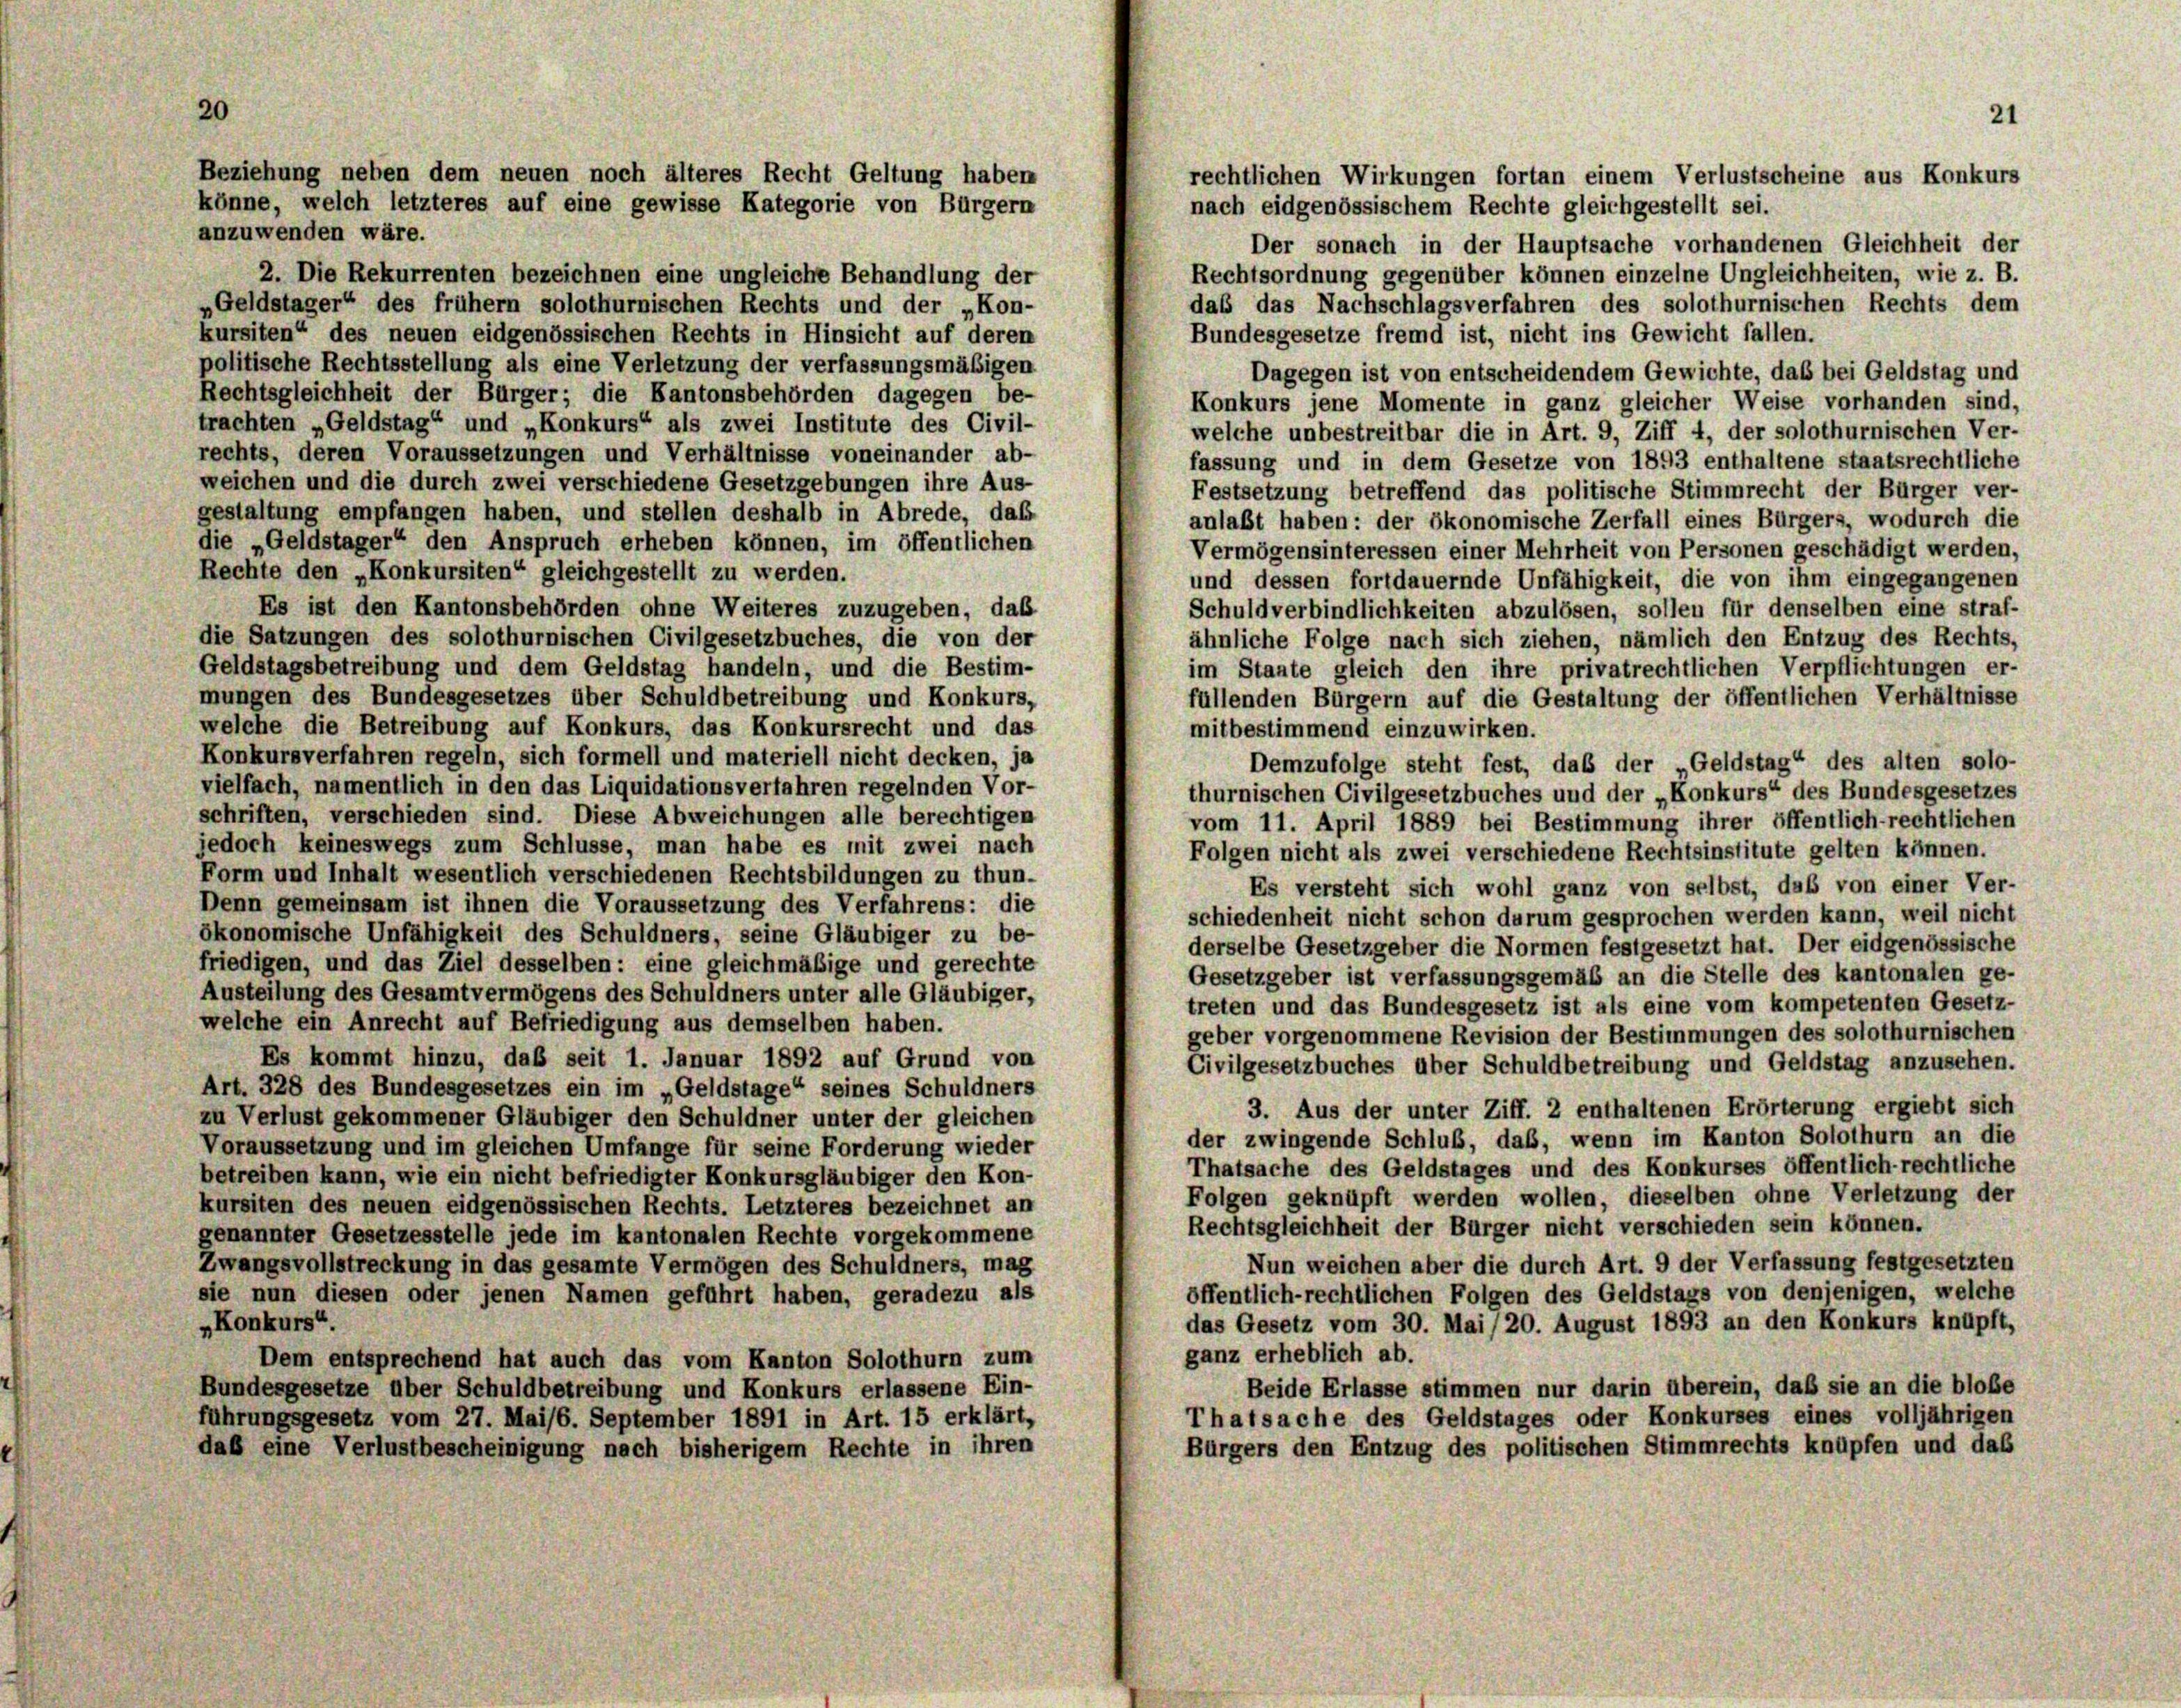
20

rechtlichen Wirkungen fortan einem Verlustscheine aus Konkurs
nach eidgenössischem Rechte gleichgestellt sei.
anzuwenden wäre.
Der sonach in der Hauptsache vorhandenen Gleichheit der
2. Die Rekurrenten bezeichnen eine ungleiche Behandlung der
Rechtsordnung gegenüber können einzelne Ungleichheiten, wie z. B.
das das Nachschlagsverfahren des solothurnischen Rechts dem
„Geldstager“ des frühem solothurnischen Rechts und der „Kon-
kursiten“ des neuen eidgenössischen Rechts in Hinsicht auf deren
Bundesgesetze fremd ist, nicht ins Gewicht fallen.
politische Rechtsstellung als eine Verletzung der verfassungsmäßigen
Dagegen ist von entscheidendem Gewichte, daß bei Geldstag und
Rechtsgleichheit der Bürger; die Kantonsbehörden dagegen be-
Konkurs jene Momente in ganz gleicher Weise vorhanden sind,
trachten „Geldstag“ und „Konkurs“ als zwei Institute des Civil-
welche unbestreitbar die in Art. 9, Ziff 4, der solothurnischen Ver-
rechts, deren Voraussetzungen und Verhältnisse voneinander ab-
fassung und in dem Gesetze von 1893 enthaltene staatsrechtliche
weichen und die durch zwei verschiedene Gesetzgebungen ihre Aus-
Festsetzung betreffend das politische Stimmrecht der Bürger ver-
gestaltung empfangen haben, und stellen deshalb in Abrede, das
anlaßt haben: der ökonomische Zerfall eines Bürgers, wodurch die
die „Geldstager“ den Anspruch erheben können, im öffentlichen
Vermögensinteressen einer Mehrheit von Personen geschädigt werden,
Rechte den „Konkursiten“ gleichgestellt zu werden.
und dessen fortdauernde Unfähigkeit, die von ihm eingegangenen
Es ist den Kantonsbehörden ohne Weiteres zuzugeben, daß
Schuldverbindlichkeiten abzulösen, sollen für denselben eine straf-
die Satzungen des solothurnischen Civilgesetzbuches, die von der
ähnliche Folge nach sich ziehen, nämlich den Entzug des Rechts,
Geldstagsbetreibung und dem Geldstag handeln, und die Bestim-
im Stante gleich den ihre privatrechtlichen Verpflichtungen er-
mungen des Bundesgesetzes über Schuldbetreibung und Konkurs,
füllenden Bürgern auf die Gestaltung der öffentlichen Verhältnisse
welche die Betreibung auf Konkurs, das Konkursrecht und das
mitbestimmend einzuwirken.
Konkursverfahren regeln, sich formell und materiell nicht decken, ja
Demzufolge steht fest, daß der „Geldstag“ des alten solo-
vielfach, namentlich in den das Liquidationsverfahren regelnden Vor-
thurnischen Civilgesetzbuches und der „Konkurs“ des Bundesgesetzes
schriften, verschieden sind. Diese Abweichungen alle berechtigen
vom 11. April 1889 bei Bestimmung ihrer öffentlich-rechtlichen
jedoch keineswegs zum Schlüsse, man habe es mit zwei nach
Folgen nicht als zwei verschiedene Rechtsinstitute gelten können.
Form und Inhalt wesentlich verschiedenen Rechtsbildungen zu thun.
Es versteht sich wohl ganz von selbst, daß von einer Ver-
Denn gemeinsam ist ihnen die Voraussetzung des Verfahrens: die
schiedenheit nicht schon darum gesprochen werden kann, weil nicht
ökonomische Unfähigkeit des Schuldners, seine Gläubiger zu be-
derselbe Gesetzgeber die Normen festgesetzt hat. Der eidgenössische
friedigen, und das Ziel desselben: eine gleichmäßige und gerechte
Gesetzgeber ist verfassungsgemäß an die Stelle des kantonalen ge-
Austeilung des Gesamtvermögens des Schuldners unter alle Gläubiger,
treten und das Bundesgesetz ist als eine vom kompetenten Gesetz-
welche ein Anrecht auf Befriedigung aus demselben haben.
geber vorgenommene Revision der Bestimmungen des solothurnischen
Es kommt hinzu, daß seit 1. Januar 1892 auf Grund von
Civilgesetzbuches über Schuldbetreibung und Geldstag anzusehen.
Art. 328 des Bundesgesetzes ein im „Geldstage“ seines Schuldners
3. Aus der unter Ziff. 2 enthaltenen Erörterung ergiebt sich
zu Verlust gekommener Gläubiger den Schuldner unter der gleichen
der zwingende Schluß, daß, wenn im Kanton Solothurn an die
Voraussetzung und im gleichen Umfange für seine Forderung wieder
Thatsache des Geldstages und des Konkurses öffentlich-rechtliche
betreiben kann, wie ein nicht befriedigter Konkursgläubiger den Kon-
Folgen geknüpft werden wollen, dieselben ohne Verletzung der
kursiten des neuen eidgenössischen Rechts. Letzteres bezeichnet an
Rechtsgleichheit der Bürger nicht verschieden sein können.
genannter Gesetzesstelle jede im kantonalen Rechte vorgekommene
Nun weichen aber die durch Art. 9 der Verfassung festgesetzten
Zwangsvollstreckung in das gesamte Vermögen des Schuldners, mag
öffentlich-rechtlichen Folgen des Geldstags von denjenigen, welche
sie nun diesen oder jenen Namen geführt haben, geradezu als
das Gesetz vom 30. Mai /20. August 1893 an den Konkurs knüpft,
„Konkurs“.
ganz erheblich ab.
Dem entsprechend hat auch das vom Kanton Solothurn zum
Beide Erlasse stimmen nur darin überein, daß sie an die bloße
Bundesgesetze über Schuldbetreibung und Konkurs erlassene Ein-
Thatsache des Geldstages oder Konkurses eines volljährigen
führungsgesetz vom 27. Mai/6. September 1891 in Art. 15 erklärt,
Bürgers den Entzug des politischen Stimmrechts knüpfen und das
daß eine Verlustbescheinigung nach bisherigem Rechte in ihren

Beziehung neben dem neuen noch älteres Recht Geltung haben
könne, welch letzteres auf eine gewisse Kategorie von Bürgern

21